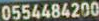
0554484200